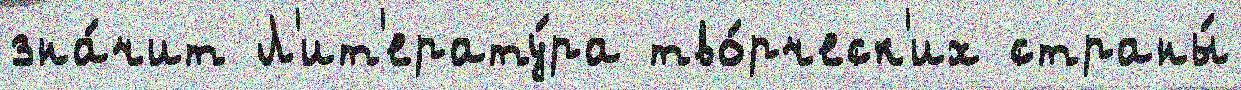
зна́чит Л'ит'ерату́ра тво́рческ'их страны́